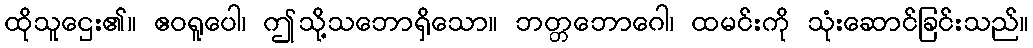
ထိုသူဌေး၏။ ဧဝရူပေါ၊ ဤသို့သဘောရှိသော။ ဘတ္တဘောဂေါ၊ ထမင်းကို သုံးဆောင်ခြင်းသည်။